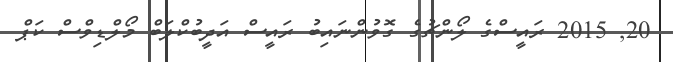
20